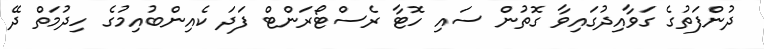
ދުންފަތުގެ ގަވާއިދުގައިވާ ގޮތުން ސައި ހޮޓާ ރެސްޓޯރަންޓް ފަދަ ކެއިންބުއިމުގެ ހިދުމަތް ދޭ